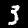
Label: 3